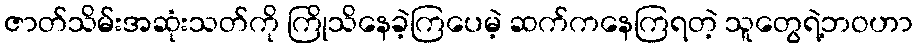
ဇာတ်သိမ်းအဆုံးသတ်ကို ကြိုသိနေခဲ့ကြပေမဲ့ ဆက်ကနေကြရတဲ့ သူတွေရဲ့ဘဝဟာ